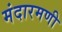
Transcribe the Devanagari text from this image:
मंदारमणी